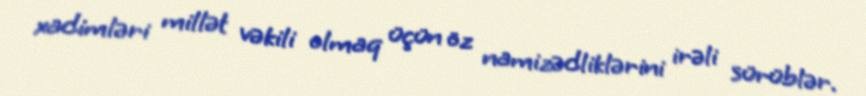
xadimləri millət vəkili olmaq üçün öz namizədliklərini irəli sürüblər.